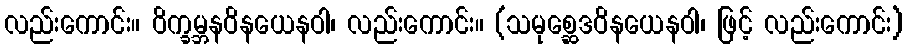
လည်းကောင်း။ ဝိက္ခမ္ဘနဝိနယေနဝါ၊ လည်းကောင်း။ (သမုစ္ဆေဒဝိနယေနဝါ၊ ဖြင့် လည်းကောင်း)